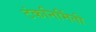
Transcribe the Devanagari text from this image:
टंकनिर्मिती